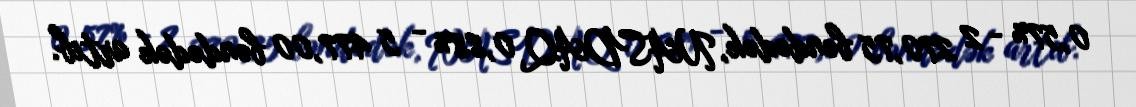
0,57% - 2 270,75 bəndədək, NASDAQ 0,88% - 5 477,00 bəndədək artıb.